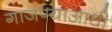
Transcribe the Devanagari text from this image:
गाजण्याआधी